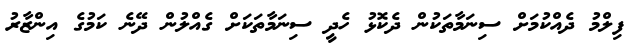
ފިލްމު ދެއްކުމަށް ސިނަމާތަކުން ދެކޮޅު ހެދީ ސިނަމާތަކަށް ގެއްލުން ދޭނެ ކަމުގެ އިންޒާރު